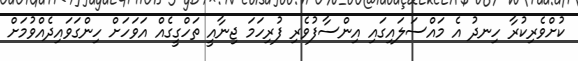
ކުށްވެރިކުރާ ހިނދު އެ މައްސަލައިގައި އިންސާފުވެރި ފުރިހަމަ ޖިނާއީ ތަހްގީގެއް އަވަހަށް ހިންގަވައިދެއްވުމަށް